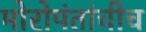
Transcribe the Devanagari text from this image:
मोरोपंतांचीच